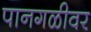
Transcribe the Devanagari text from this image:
पानगळीवर